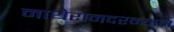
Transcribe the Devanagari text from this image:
माथेरानदरम्यान